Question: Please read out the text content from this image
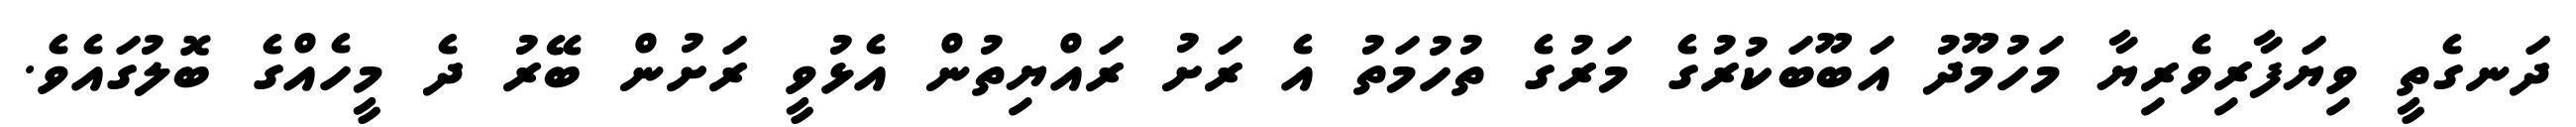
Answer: ދަނގެތީ ވިޔަފާރިވެރިޔާ މަހުމޫދު އަބޫބަކުރުގެ މަރުގެ ތުހުމަތު އެ ރަށު ރައްޔިތުން އެޅުވީ ރަށުން ބޭރު ދެ މީހެއްގެ ބޮލުގައެވެ.